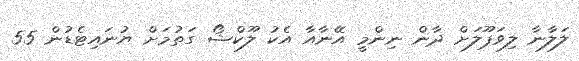
ލަލާނާ ލިވަޕޫލަށް ދާން ނިންމީ އޭނާއާ އެކު ލޫކްޝޯ ގަތުމަށް ޔުނައިޓެޑުން 55